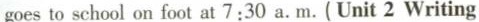
goes to school on foot at 7:30 a. M.( Unit 2 Writing